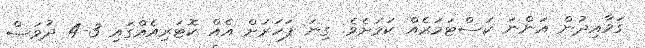
ގަވާއިދުން އަންނަ ކަސްޓަމަރެއް ކަމަށެވެ. ގިނަ ފަހަރަށް އެއް ކޮޓަރިއެއްގައި 3-4 ދުވަސް